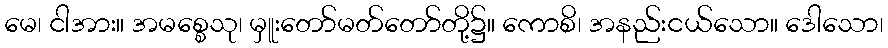
မေ၊ ငါအား။ အမစ္စေသု၊ မှူးတော်မတ်တော်တို့၌။ ကောစိ၊ အနည်းငယ်သော။ ဒေါသော၊